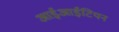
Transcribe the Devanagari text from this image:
आईआईटियन